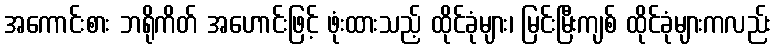
အကောင်းစား ဘရိုကိတ် အဟောင်းဖြင့် ဖုံးထားသည့် ထိုင်ခုံများ၊ မြင်းမြီးကျစ် ထိုင်ခုံများကလည်း